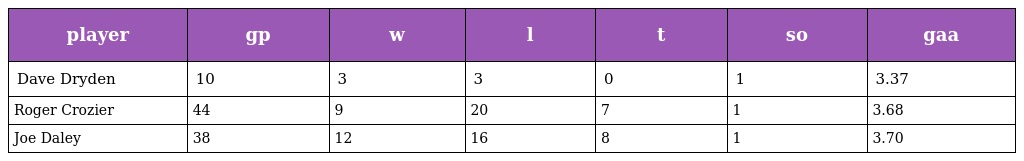
| player | gp | w | l | t | so | gaa |
 | --- | --- | --- | --- | --- | --- | --- |
 | Dave Dryden | 10 | 3 | 3 | 0 | 1 | 3.37 |
 | Roger Crozier | 44 | 9 | 20 | 7 | 1 | 3.68 |
 | Joe Daley | 38 | 12 | 16 | 8 | 1 | 3.70 |